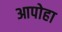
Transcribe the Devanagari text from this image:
आपोहा